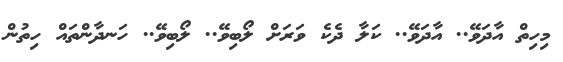
މިހިތް އާދަވޭ.. އާދަވޭ.. ކަލާ ދެކެ ވަރަށް ލޯބިވޭ.. ލޯބިވޭ.. ހަނދާންތައް ހިތުން